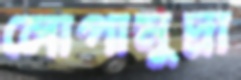
লোপামুদ্রা